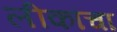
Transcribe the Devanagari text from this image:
लीकांचा